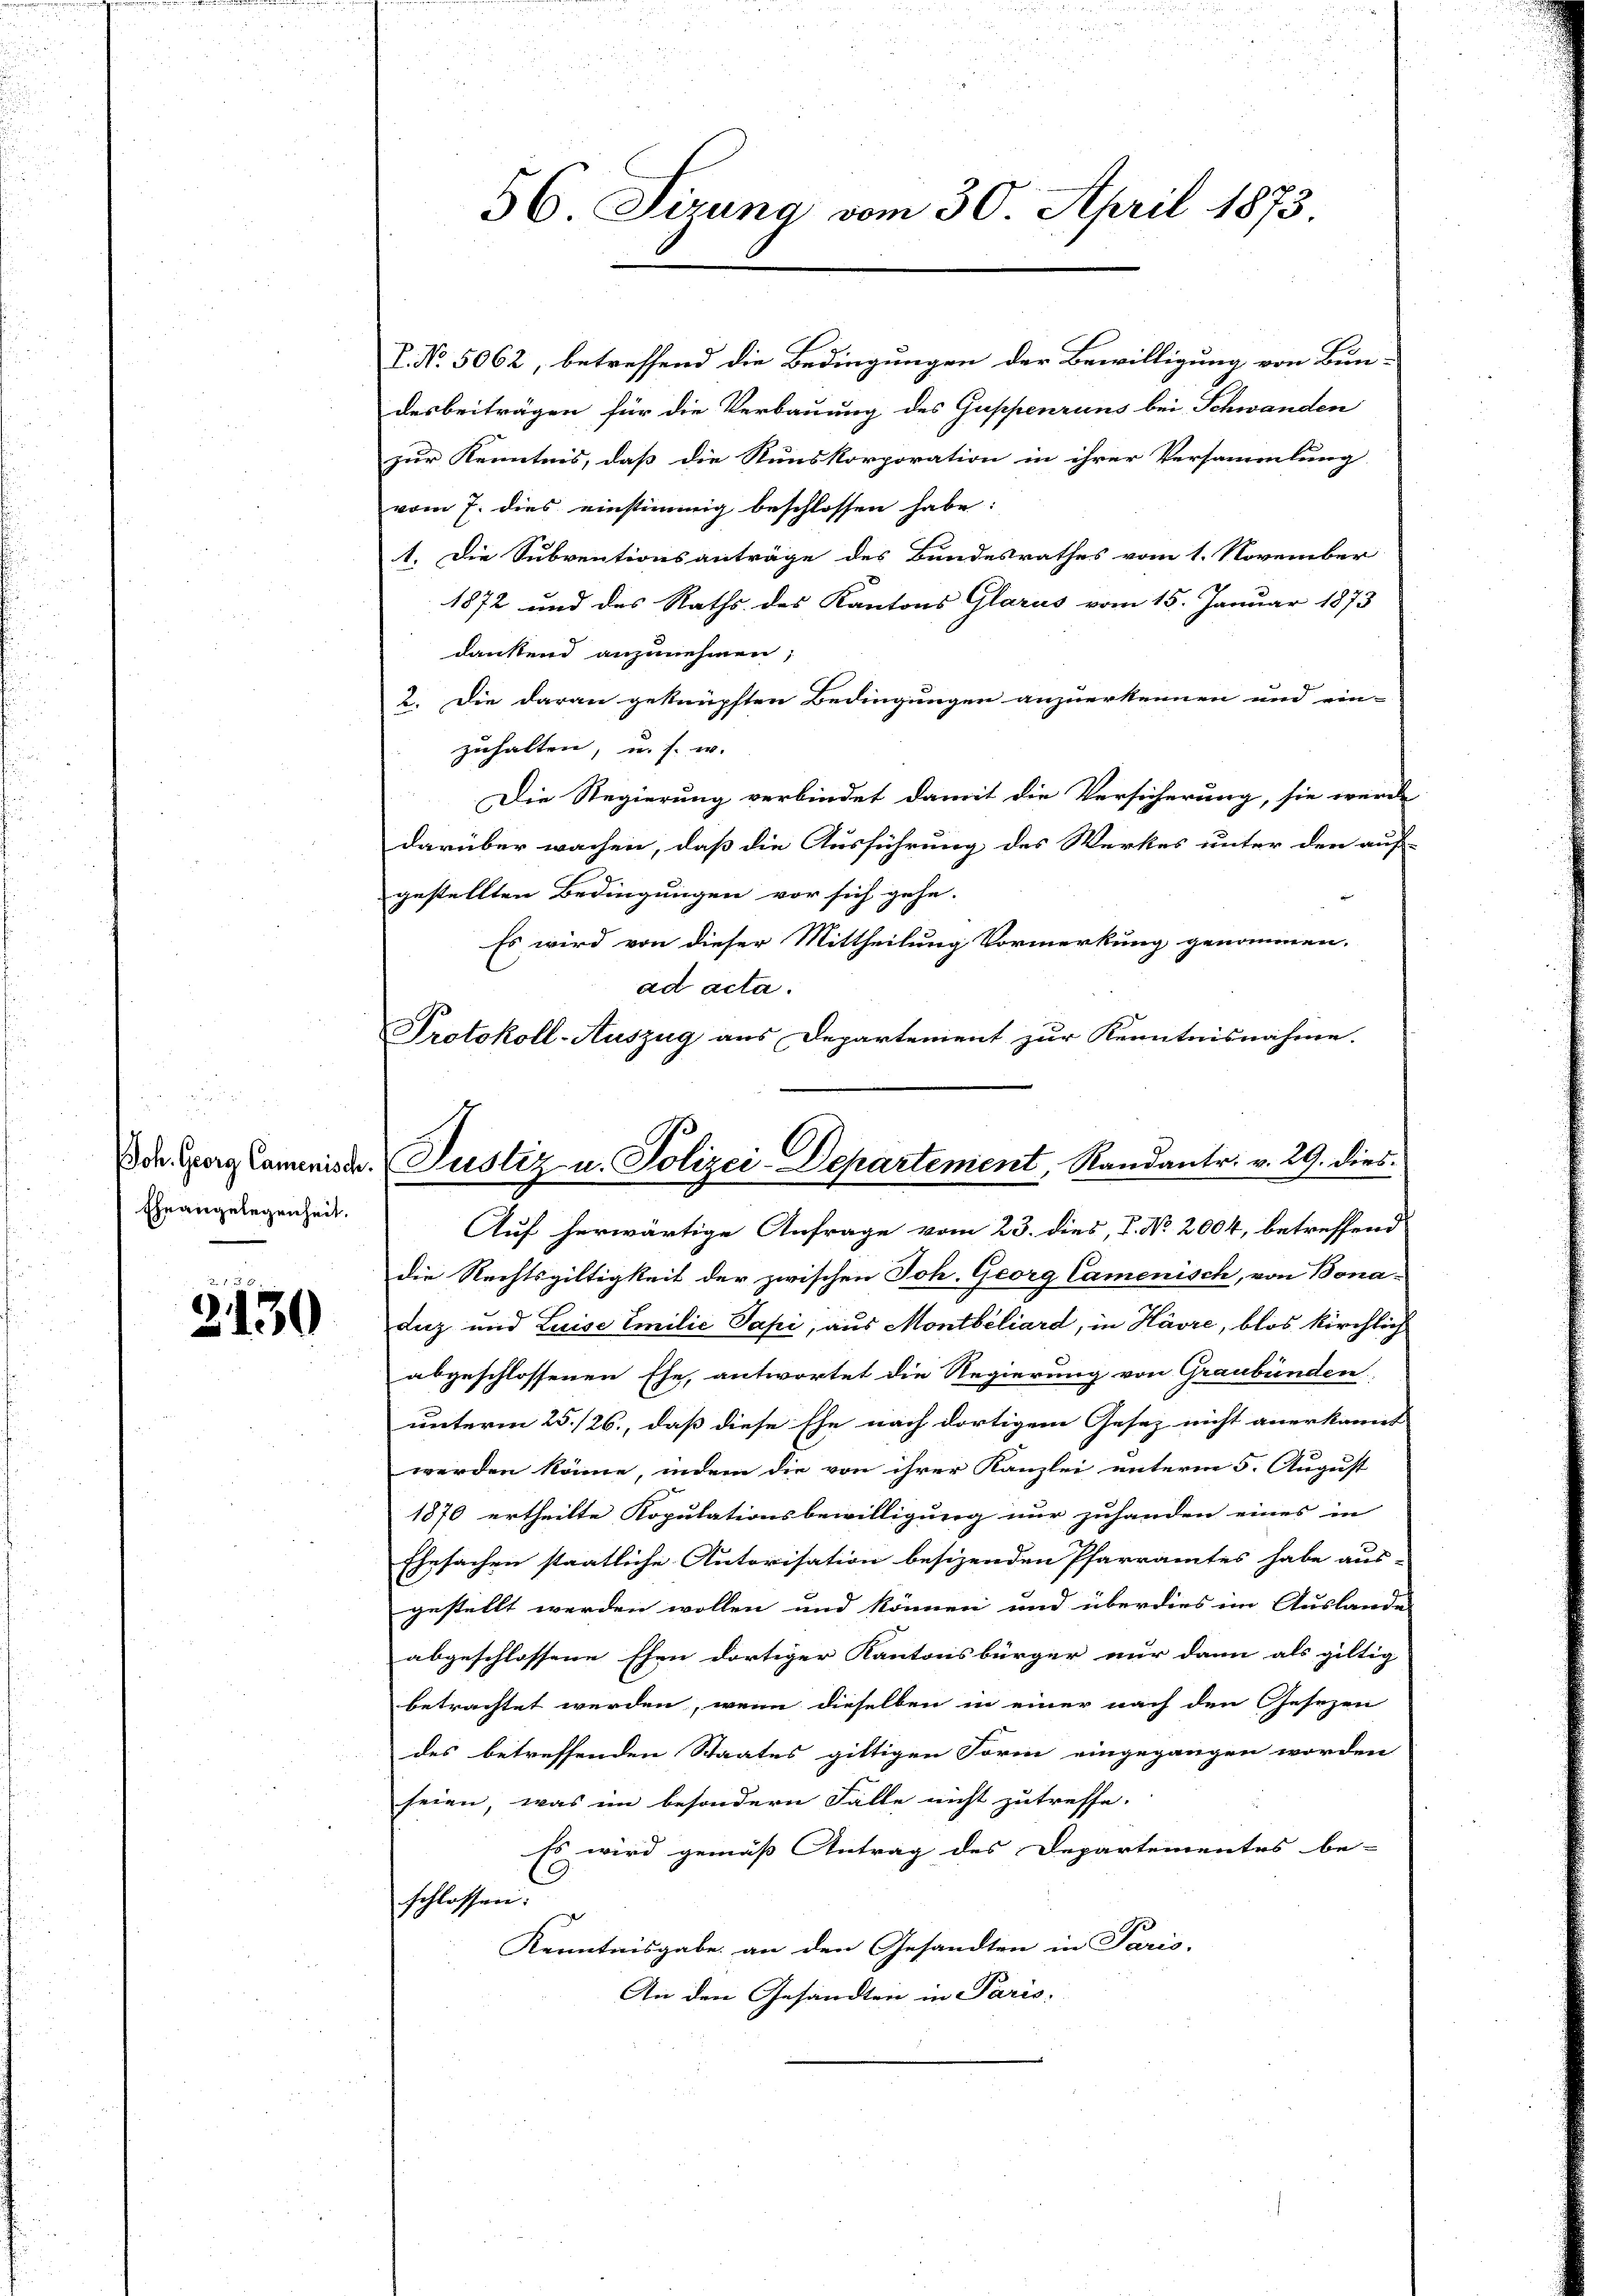
Eheangelegenheit.

3130

56. Sizung vom 30. April 1873.

V. No. 5062, betreffend die Bedingungen der Bewilligung von Bundesbeiträgen für die Verbauung des Guppenruns bei Schwanden
zur Kenntnis, daß die Runskorporation in ihrer Versammlung
vom 7. dies einstimmig beschlossen habe:
1. Die Subventionsanträge des Bundesrathes vom 1. November
1872 und des Raths des Kantons Glarus vom 15. Januar 1873
dankend anzunehmen,
2. Die daran geknüpften Bedingungen anzuerkennen und ein-
zuhalten, u. s. w.
Die Regierung verbindet damit die Versicherung, sie werde
darüber wachen, daß die Ausführung des Werkes unter den auf-
gestellten Bedingungen vor sich gehe.
Es wird von dieser Mittheilung Vormerkung genommen.
ad acta.
Protokoll-Auszug aus Departement zur Kenntnisnahme.
Auf herwärtige Anfrage vom 23. dies, 7. No. 2004, betreffend
die Rechtsgültigkeit der zwischen Joh. Georg Camenisch, von Bona-
Luz und Luise Emilić Papi, aus Montbeliard, in Havre, blos kirchlich
abgeschlossenen Ehe, antwortet die Regierung von Graubünden,
unterm 25./26., daß diese Ehe nach dortigem Gesez nicht anerkannt
werden könne, indem die von ihrer Kanzlei unterm 5. August
1870 ertheilte Kopulationsbewilligung nur zuhanden eines in
Ehesachen staatliche Autorisation besizenden Pfarramtes habe aus-
gestellt werden wollen und können und überdies im Auslande
abgeschlossene Ehen dortiger Kantonsbürger nur dann als giltig
betrachtet werden, wenn dieselben in einer nach den Gesezen
des betreffenden Staates giltigen Form eingegangen worden
seien, was im besondern Fälle nicht zutreffe.
Es wird gemäß Antrag des Departementes be-
schlossen.
Kenntnisgabe an den Gesandten in Paris.
An den Gesandten in Paris.

Dde Georg Caminister Justiz u. Polizei-Departement, Randantr. v. 29. dies